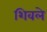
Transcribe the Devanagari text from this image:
शिवले